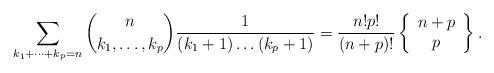
LaTeX: \begin{align*}\sum_{k_{1}+\dots+k_{p}=n}\binom{n}{k_{1},\dots,k_{p}}\frac{1}{\left(k_{1}+1\right)\dots\left(k_{p}+1\right)} =\frac{n!p!}{\left(n+p\right)!}\left\{ \begin{array}{c}n+p\\p\end{array}\right\} .\end{align*}